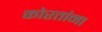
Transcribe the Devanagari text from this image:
कोरतांना